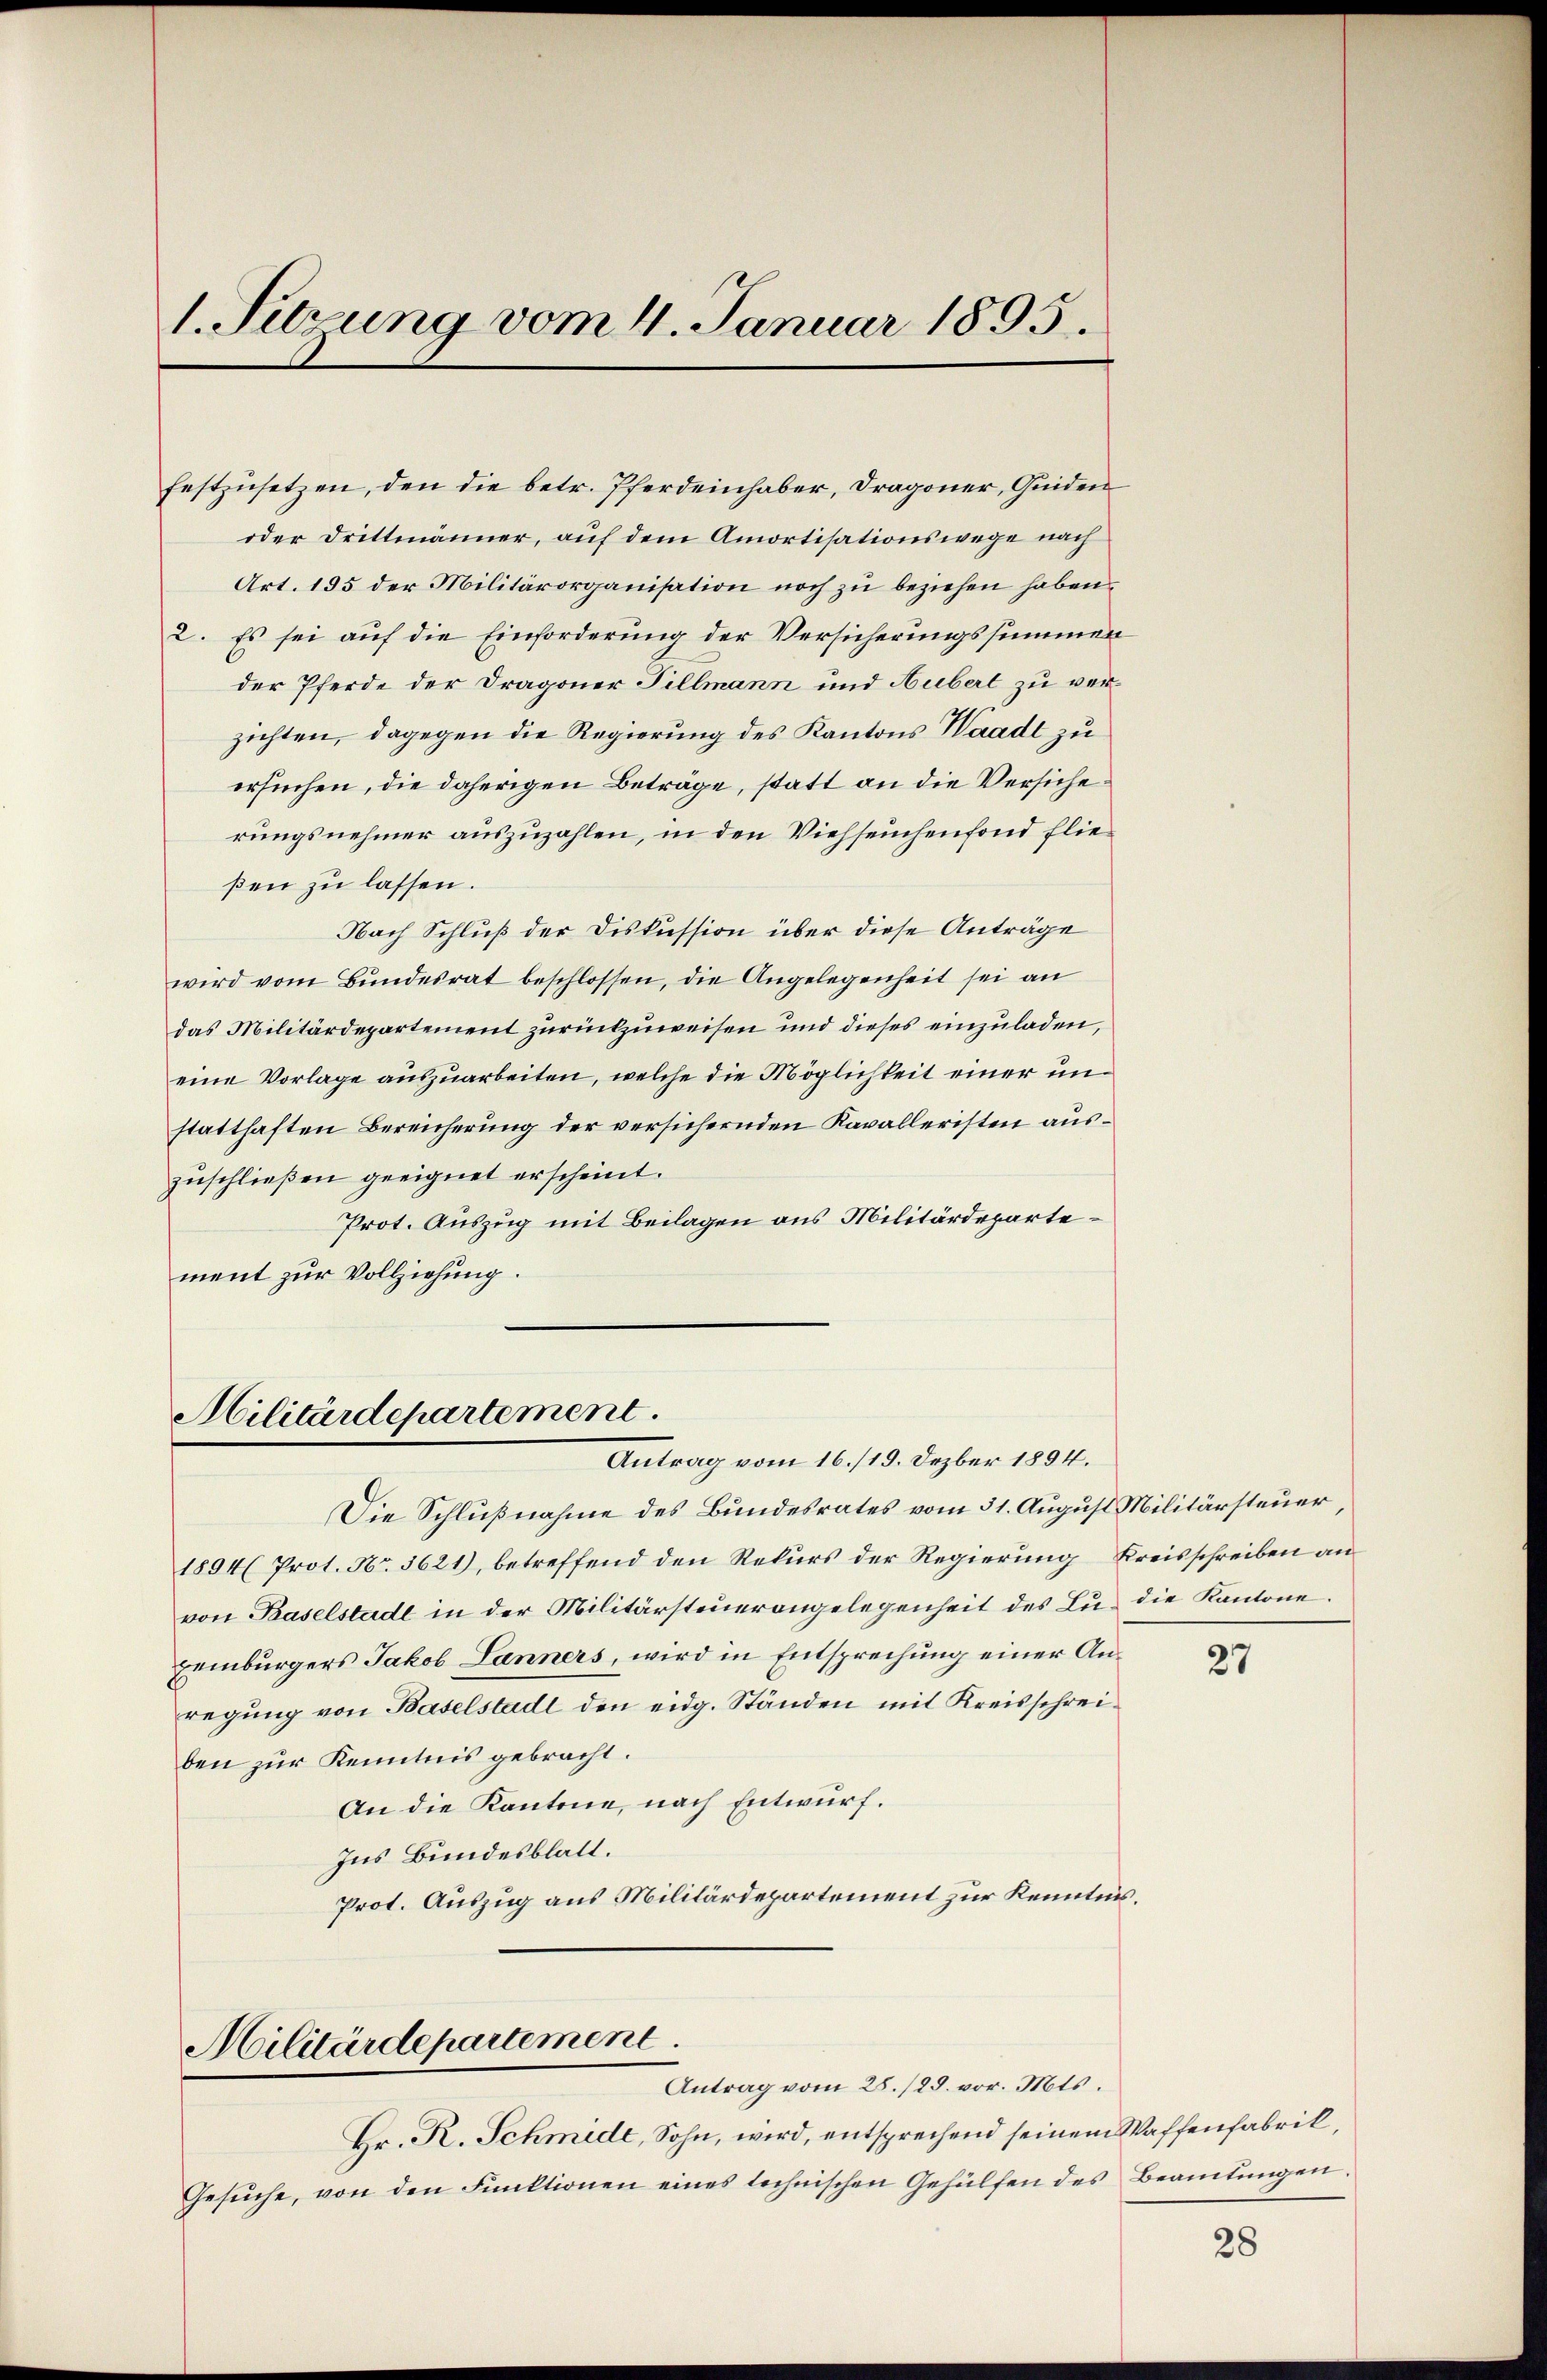
1. Sitzung vom 4. Januar 1895.

ment zur Vollziehung.

festzusetzen, den die betr. Pferdeinhaber, Dragoner, Guiden
oder Drittmänner, auf dem Amortisationswege nach
Art. 195 der Militärorganisation noch zu beziehen haben,
2. Es sei auf die Einforderung der Versicherungssummen
der Pferde der Dragoner Tillmann und Hubert zu verzichten, dagegen die Regierung des Kantons Waadt zu
ersuchen, die daherigen Beträge, statt an die Versicherungsnehmer auszuzahlen, in den Viehseuchenfond fließen zu lassen.
Nach Schluß der Diskussion über diese Anträge
wird vom Bundesrat beschlossen, die Angelegenheit sei an
das Militärdepartement zurückzuweisen und dieses einzuladen,
eine Vorlage auszuarbeiten, welche die Möglichkeit einer unstatthaften Bereicherung der versichernden Kavalleristen auszuschließen geeignet erscheint.
Prot. Auszug mit Beilagen aus Militärdeparte¬

Militärdepartement.

Die Schlußnahme des Bundesrates vom 31. August Militärsteuer,
1894 Prot. No. 3621), betreffend den Rekurs der Regierung Kreisschreiben an
von Baselstadt in der Militärsteuerangelegenheit des Lu- die Kantone.
zeiburgers Jakob Lanners, wird in Entsprechung einer Anregŭng von Baselstadt den eidg. Ständen mit Kreisschreiben zur Kenntnis gebracht.
An die Kantone, nach Entwurf.
Ins Bundesblatt.
Prot. Auszug aus Militärdepartement zur Kenntnis.

Antrag vom 16./19. Dezber 1894.

Militärdepartement.
Antrag vom 28./25. vor. Mts.
Hr. R. Schmide, Sohn, wird, entsprechend seinem

Gesuche, von den Funktionen eines technischen Gehülfen des

27

Waffenfabrik,
 Beamtungen.

28